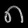
Digit: ၈